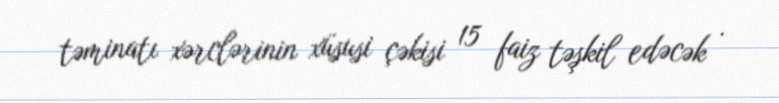
təminatı xərclərinin xüsusi çəkisi 15 faiz təşkil edəcək .